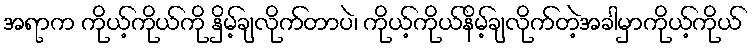
အရာက ကိုယ့်ကိုယ်ကို နှိမ့်ချလိုက်တာပဲ၊ ကိုယ့်ကိုယ်နိမ့်ချလိုက်တဲ့အခါမှာကိုယ့်ကိုယ်